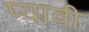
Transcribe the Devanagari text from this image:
प्यावी